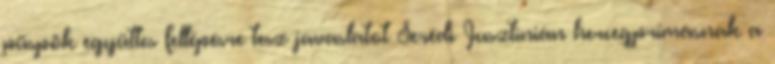
püspök együttes fellépésre tesz javaslatot Serédi Jusztinián hercegprímásnak a